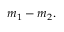
m _ { 1 } - m _ { 2 } .